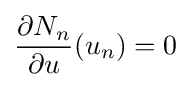
{\frac {\partial N_{n}}{\partial u}}(u_{n})=0